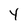
Character: Y